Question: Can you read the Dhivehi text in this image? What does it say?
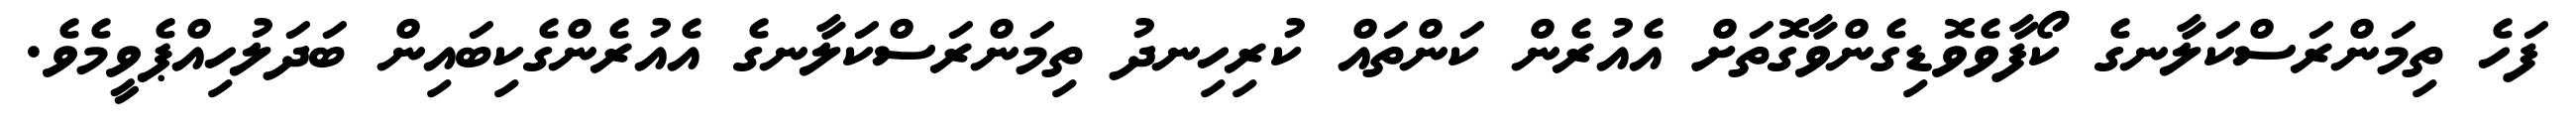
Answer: ފަހެ ތިމަންރަސްކަލާނގެ ކޯފާވެވޮޑިގެންވާގޮތަށް އެއުރެން ކަންތައް ކުރިހިނދު ތިމަންރަސްކަލާނގެ އެއުރެންގެކިބައިން ބަދަލުހިއްޕެވީމެވެ.